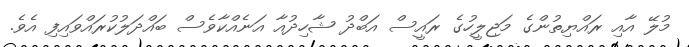
މުލޭ އާއި ރައްޔިތުންގެ މަޖިލީހުގެ ރައީސް އަބްދު ޝާހިދުއާ އަނެއްކާވެސް ބައްދަލުކުރައްވައިފި އެވެ.